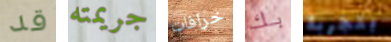
قد جريمته خرافات بك بتجربة